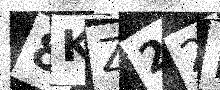
Text: 8KZ22D